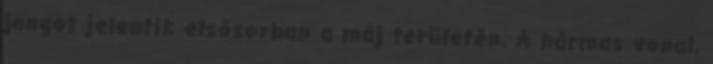
jangot jelentik elsősorban a máj területén. A hármas vonal,